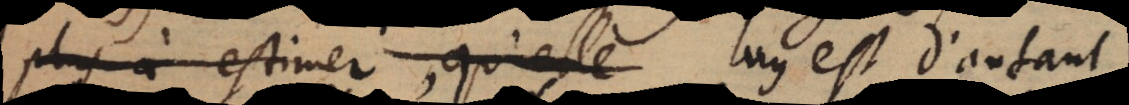
plus a estimer, qu’elle luy est d’autant